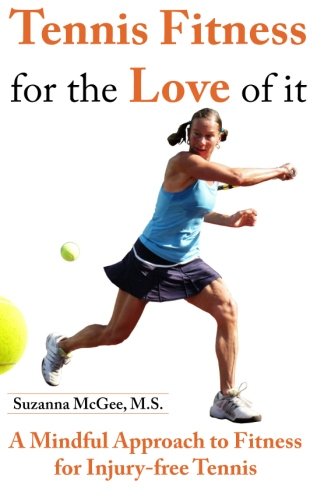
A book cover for Tennis Fitness for the Love of it: A Mindful Approach to Fitness for Injury-free Tennis; Suzanna McGee; Sports & Outdoors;